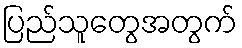
ပြည်သူတွေအတွက်